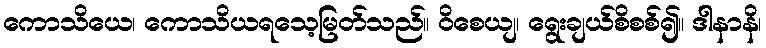
ကောသိယေ၊ ကောသိယရသေ့မြတ်သည်။ ဝိစေယျ၊ ရွေးချယ်စိစစ်၍။ ဒါနာနိ၊